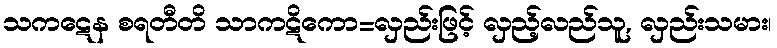
သကဋေန စရတီတိ သာကဋိကော=လှည်းဖြင့် လှည့်လည်သူ, လှည်းသမား၊